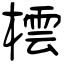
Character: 橒